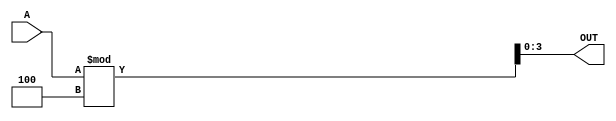
`timescale 1ns / 1ps
//////////////////////////////////////////////////////////////////////////////////
// Company: 
// Engineer: 
// 
// Design Name: 
// Module Name:    mod4 
// Project Name: 
// Target Devices: 
// Tool versions: 
// Description: 
//
// Dependencies: 
//
// Revision: 
// Revision 0.01 - File Created
// Additional Comments: 
//
//////////////////////////////////////////////////////////////////////////////////
module mod4(OUT, A);
input [3:0] A;
output [3:0] OUT;
assign OUT = A%4;
endmodule